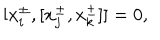
LaTeX: [ x _ { i } ^ { \pm } , [ x _ { j } ^ { \pm } , x _ { k } ^ { \pm } ] ] = 0 ,